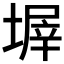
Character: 𡎰